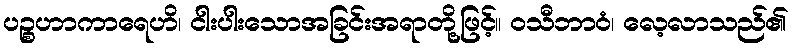
ပဉ္စဟာကာရေဟိ၊ ငါးပါးသောအခြင်းအရာတို့ဖြင့်။ ဝသီဘာဝံ၊ လေ့လာသည်၏